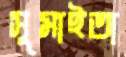
সুমাইতা